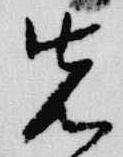
先